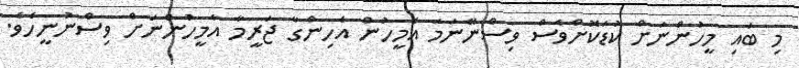
މި ބައި މީހުންނަށް ކުޑަކޮށްވެސް ވިސްނޭނަމަ އެމީހުން އެހިންގާ ޖަރީމާ އެމީހުންނަށް ވިސްނުނީހެވެ.